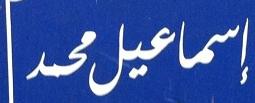
إسماعيل